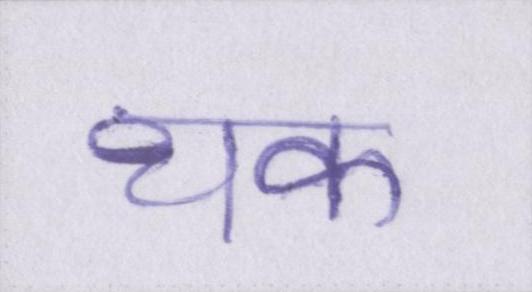
थक